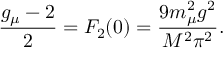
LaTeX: \frac { g _ { \mu } - 2 } { 2 } = F _ { 2 } ( 0 ) = \frac { 9 m _ { \mu } ^ { 2 } g ^ { 2 } } { M ^ { 2 } \pi ^ { 2 } } .